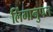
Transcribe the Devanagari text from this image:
लिंगानुपत